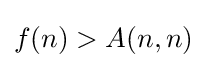
f(n)>A(n,n)